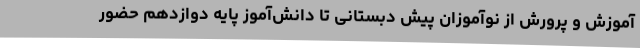
آموزش و پرورش از نوآموزان پیش دبستانی تا دانش‌آموز پایه دوازدهم حضور